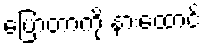
ပြောတာကို နားထောင်